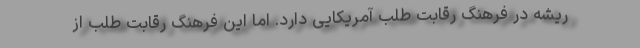
ریشه در فرهنگ رقابت طلب آمریکایی دارد. اما این فرهنگ رقابت طلب از